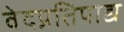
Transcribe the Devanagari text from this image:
वेदप्रतिपाद्य